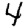
Digit: 4